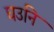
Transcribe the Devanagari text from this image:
घउनि